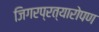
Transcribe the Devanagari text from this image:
जिगरप्रत्यारोपण